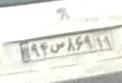
۹۴س۸۶۹۱۱